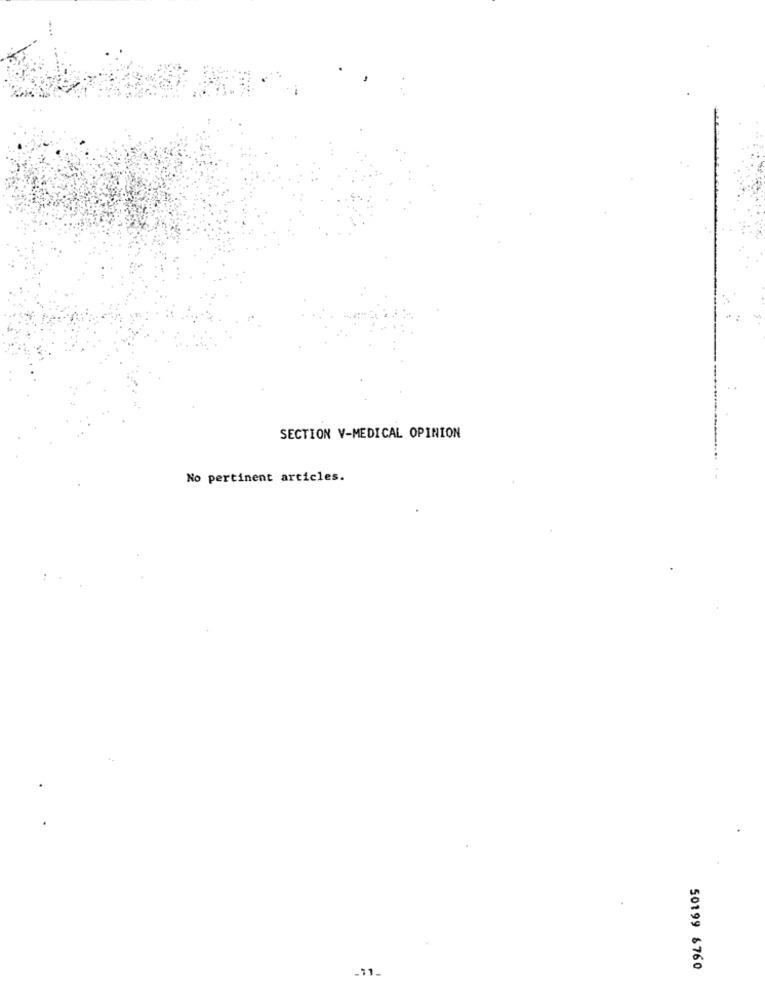
SECTION V-MEDICAL OPINION
No pertinent articles.
50199 6760
-11.